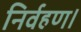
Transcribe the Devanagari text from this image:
निर्वहण।